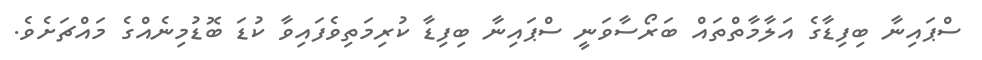
ސްޕައިނާ ބިފިޑާގެ އަލާމާތްތައް ބަރޯސާވަނީ ސްޕައިނާ ބިފިޑާ ކުރިމަތިވެފައިވާ ކުޑަ ބޮޑުމިނެއްގެ މައްޗަށެވެ.